Problem: 9 × 8 = ?
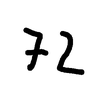
Handwritten answer: 72